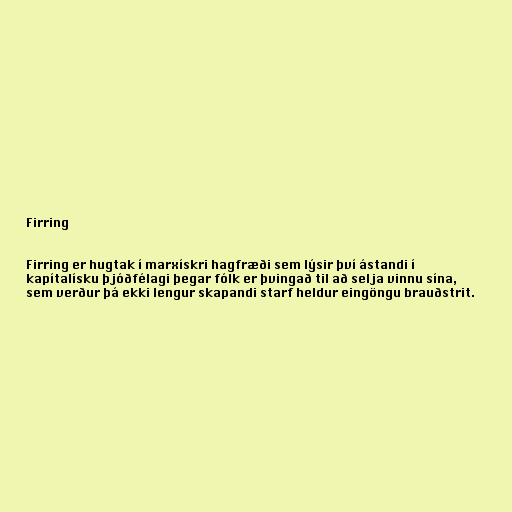
Firring

Firring er hugtak í marxískri hagfræði sem lýsir því ástandi í
kapítalísku þjóðfélagi þegar fólk er þvingað til að selja vinnu sína,
sem verður þá ekki lengur skapandi starf heldur eingöngu brauðstrit.